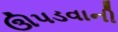
ઊપડવાની